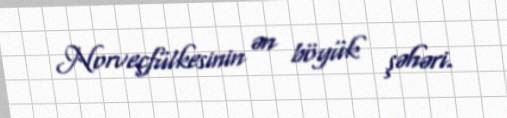
Norveçfülkesinin ən böyük şəhəri.